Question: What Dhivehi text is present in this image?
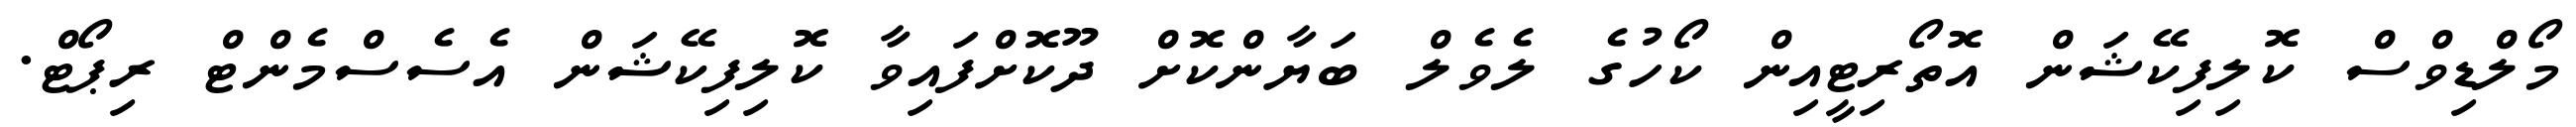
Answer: މޯލްޑިވްސް ކޮލިފިކޭޝަން އޮތޯރިޓީއިން ކޯހުގެ ލެވެލް ބަޔާންކޮށް ދޫކޮށްފައިވާ ކޮލިފިކޭޝަން އެސެސްމެންޓް ރިޕޯޓް.